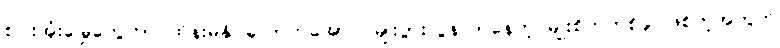
စပါးအုံးမြွေတွေဟာ ထိန်းမနိုင်လောက်အောင် မျိုးပွားလွန်လာနေတဲ့ မျိုးစိတ်တစ်ခု ဖြစ်တဲ့အတွက်